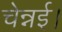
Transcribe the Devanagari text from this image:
चेन्नई।